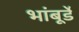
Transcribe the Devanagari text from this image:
भांबूर्डे